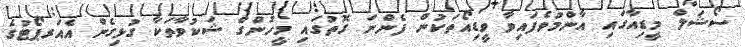
ސޯޝަލް މީޑިއާގައި އާންމުވެފައިވާ ވީޑިއޯތަކުން ފެންނަ ގޮތުގައި މީހުންގެ ޝަކުވާތަކާ ގުޅިގެން އެއަރޕޯޓުގެ